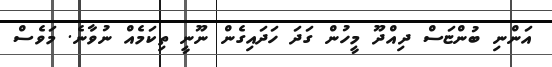
އަންނި ބުންޏަސް ދިއްދޫ މީހުން ގަދަ ހަދައިގެން ނޫނީ ތިކަމެއް ނުވާނެ. މަވެސް